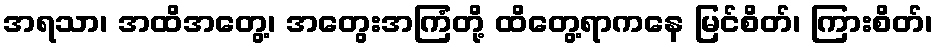
အရသာ၊ အထိအတွေ့၊ အတွေးအကြံတို့ ထိတွေ့ရာကနေ မြင်စိတ်၊ ကြားစိတ်၊